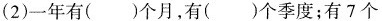
(2)一年有( )个月，有( )个季度；有 7 个